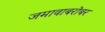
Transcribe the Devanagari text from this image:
जमावाबरोबर